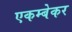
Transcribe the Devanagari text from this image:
एकम्बेकर